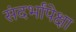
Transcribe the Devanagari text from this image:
संदर्भांपेक्षा